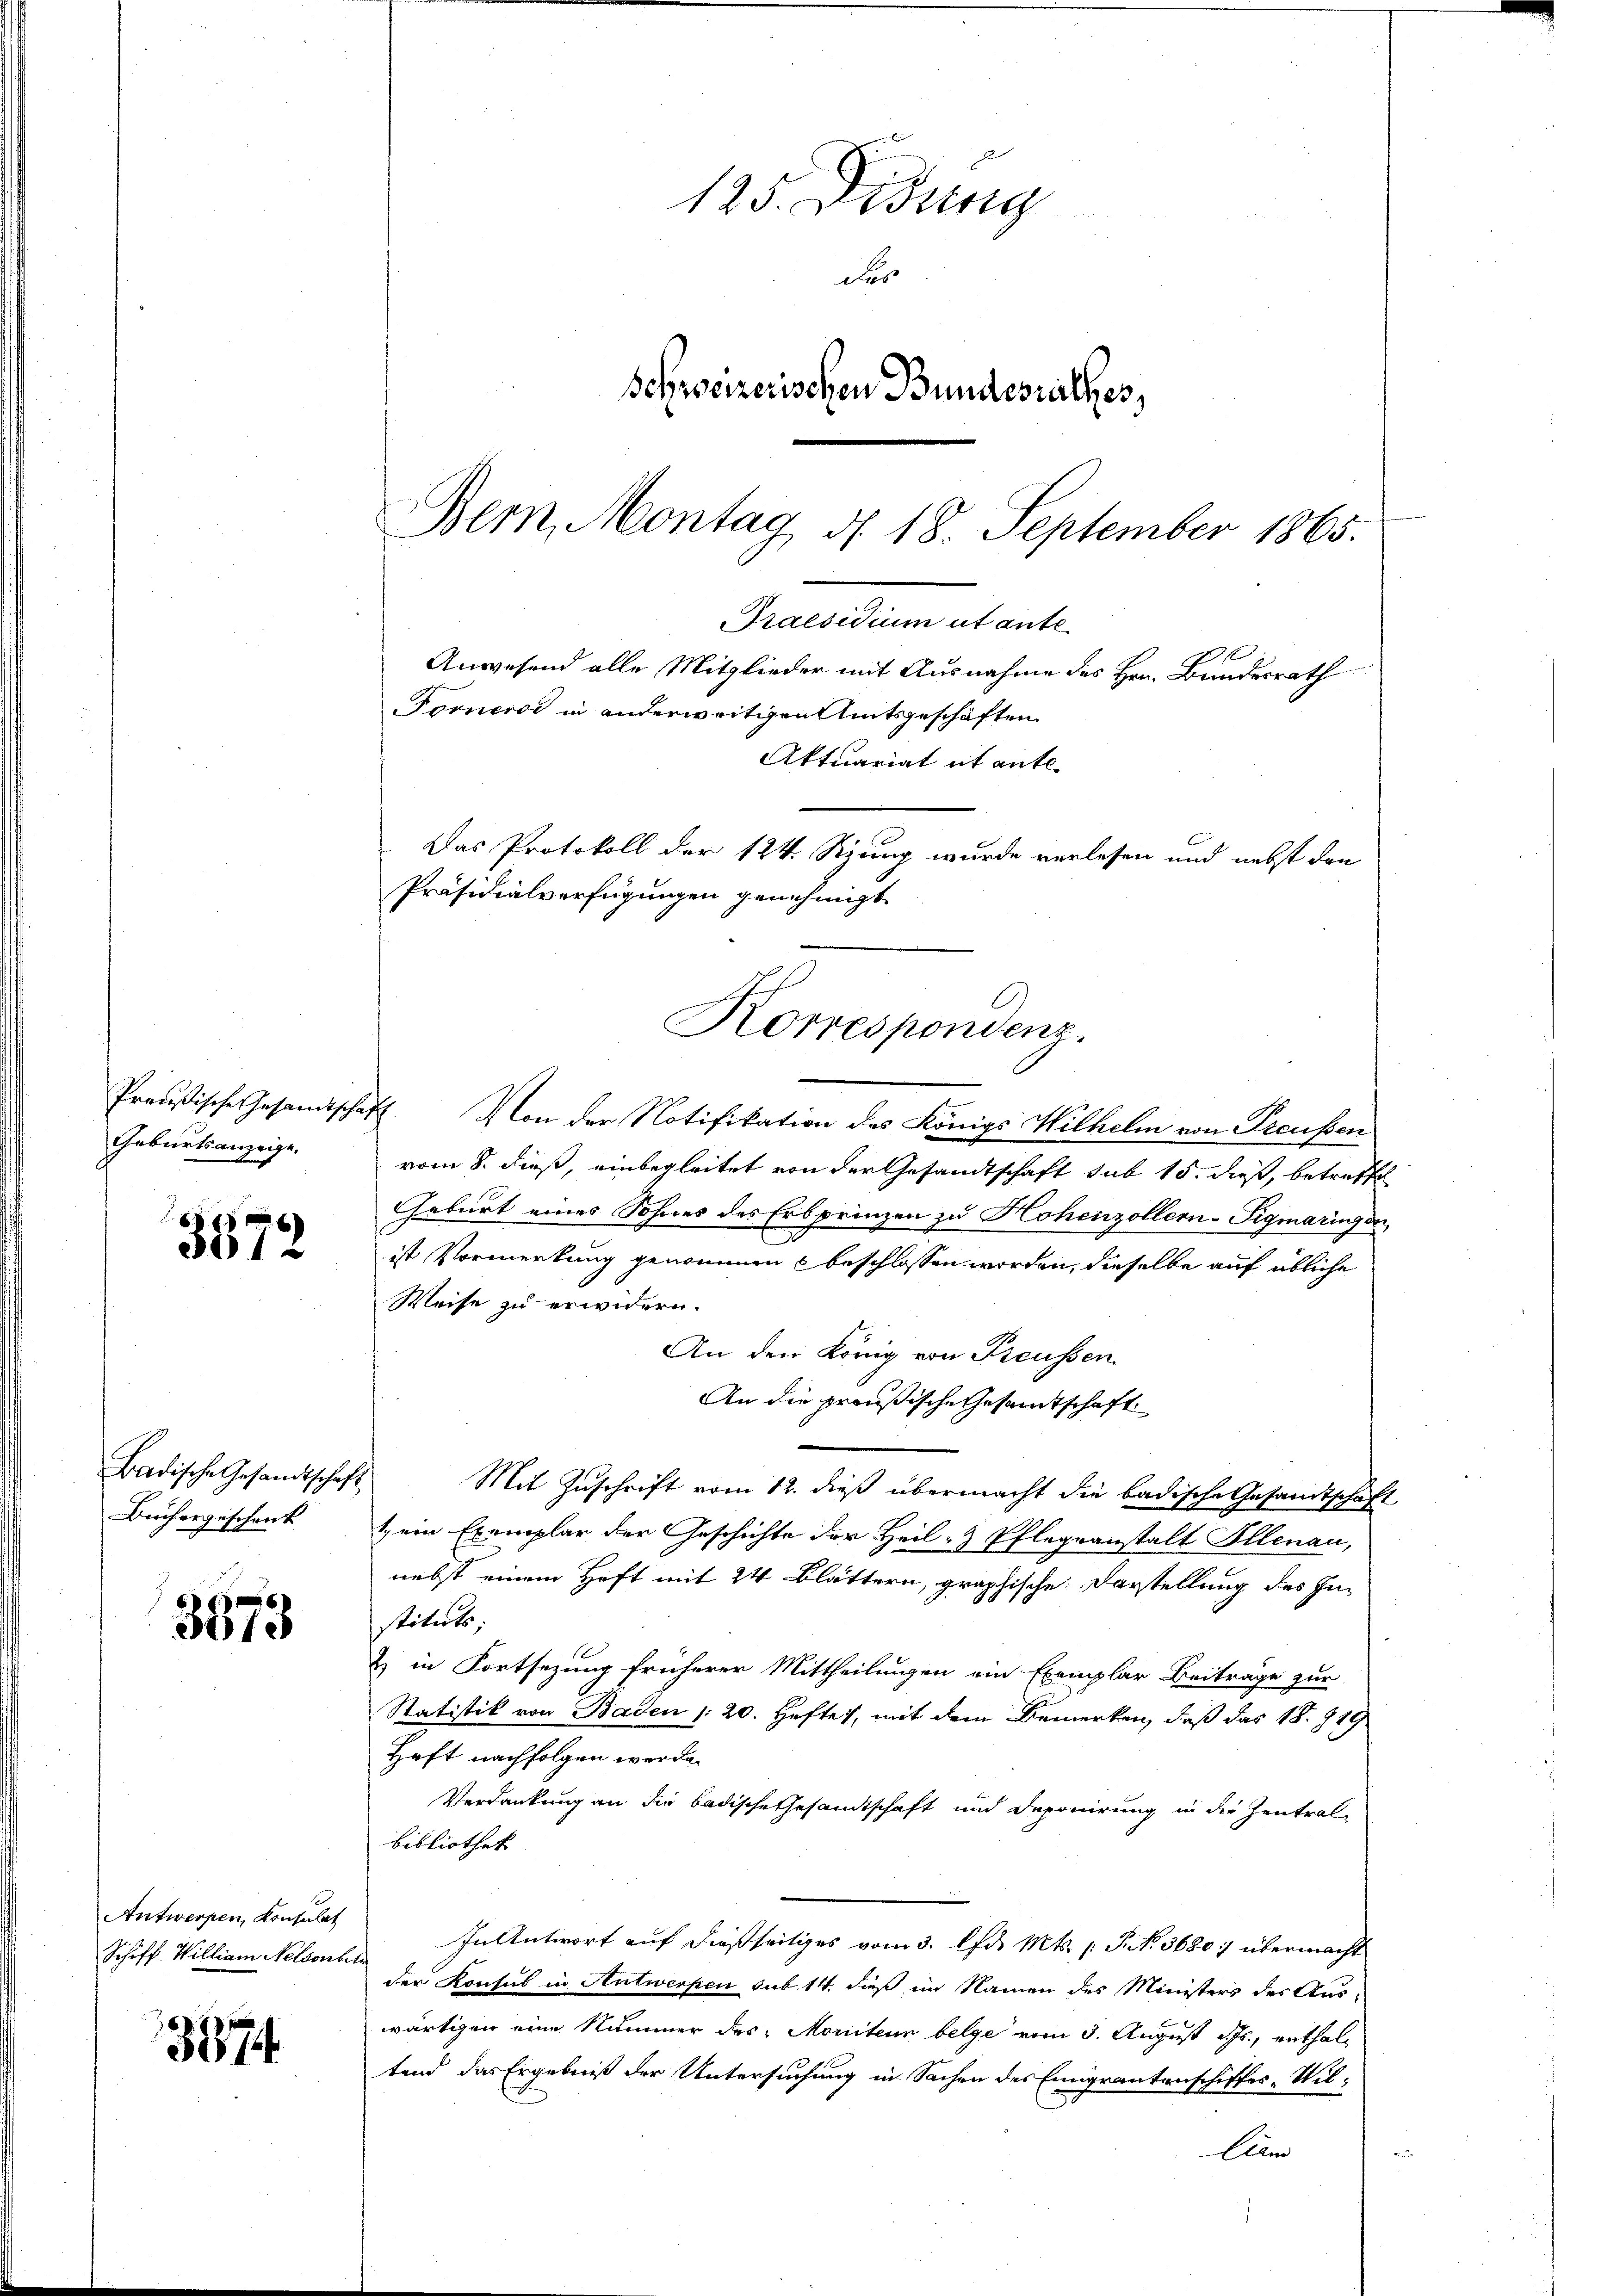
Preußische Gesandtsche
Geburtsanzeige.

3572

Badische Gesandtschaf
Büchergeschenk

3673

Antwerpen, Konsulat
Schiff. William Nelsonhe

3774.

125. Didung
Fes
Schweizerischen Bundesrathes,
Bem, Montag d. 18. September 1865.

Präsidialverfügungen genehmigt.
Korrespondenz.

Praesidium ut ante
Anwesend alle Mitglieder mit Ausnahme des Hrn. Bundesrath
Forneros in anderweitigen Amtsgeschäften
Aktuariat it ente.
Das Protokoll der 124. Sizung wurde verlesen und nebst den

I. Von der Notifikation des Königs Wilhelm von Preußen
vom 8. dieß, einbegleitet von der Gesandtschaft sub 15. dieß, betreffe
Geburt eines Sohnes des Erbprinzen zu Hohenzollern-Sigmaringen,
ist Vormerkung genommen beschlossen worden, dieselbe auf übliche
Weise zu erwidern.
An den König von Preussen.
An die preußische Gesandtschaft
8
Mit Zuschrift vom 12. dieß übermacht die badische Gesandtschaft
1 ein Exemplar der Geschichte der Heil- & Pflegranstalt Illnau,
nebst einem Heft mit 24 Blättern, graphische Darstellung des Instituts;
) in Fortsezung früherer Mittheilungen ein Exemplar Beitrage zur
Statistik von Baden 20. Heftes, mit dem Bemerken, daß das 18. 719
Haft nachfolgen werde.
Verdankung an die Badische Gesandtschaft und Deponirung in die Zentral-
bibliothek
In Antwort auf dießseitiges vom 3. d. Mts. 1 P. N. 3680: übermacht
der Konsul in Antwerpen sub 14. dieß im Namen des Ministers des Aus-
wärtigen eine Nummer des Moriten belge vom 3. August ds., enthaltend das Ergebniß der Untersuchung in Sachen des Eingrantenschiffes Wil¬
Cam